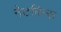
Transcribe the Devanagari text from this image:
नेटबिन्स